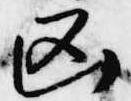
凶